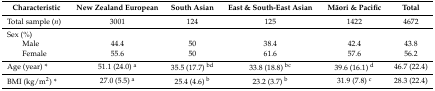
<table><thead><tr><td><b>Characteristic</b></td><td><b>New Zealand European</b></td><td><b>South Asian</b></td><td><b>East &amp; South-East Asian</b></td><td><b>Māori &amp; Pacific</b></td><td><b>Total</b></td></tr></thead><tbody><tr><td>Total sample (<i>n</i>)</td><td>3001</td><td>124</td><td>125</td><td>1422</td><td>4672</td></tr><tr><td>Sex (%)</td><td></td><td></td><td></td><td></td><td></td></tr><tr><td>Male</td><td>44.4</td><td>50</td><td>38.4</td><td>42.4</td><td>43.8</td></tr><tr><td>Female</td><td>55.6</td><td>50</td><td>61.6</td><td>57.6</td><td>56.2</td></tr><tr><td>Age (year) *</td><td>51.1 (24.0) <sup>a</sup></td><td>35.5 (17.7) <sup>bd</sup></td><td>33.8 (18.8) <sup>bc</sup></td><td>39.6 (16.1) <sup>d</sup></td><td>46.7 (22.4)</td></tr><tr><td>BMI (kg/m<sup>2</sup>) *</td><td>27.0 (5.5) <sup>a</sup></td><td>25.4 (4.6) <sup>b</sup></td><td>23.2 (3.7) <sup>b</sup></td><td>31.9 (7.8) <sup>c</sup></td><td>28.3 (22.4)</td></tr></tbody></table>